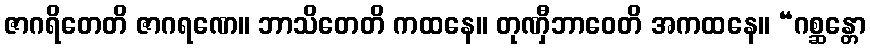
ဇာဂရိတေတိ ဇာဂရဏေ။ ဘာသိတေတိ ကထနေ။ တုဏှီဘာဝေတိ အကထနေ။ “ဂစ္ဆန္တော